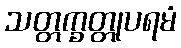
သတ္တက္ခတ္တုပရမံ